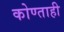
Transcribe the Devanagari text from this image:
कोण्ताही